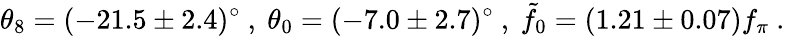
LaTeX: \theta_{8}=(-21.5\pm 2.4)^{\circ}\ ,\ \theta_{0}=(-7.0\pm 2.7)^{\circ}\ ,\ \tilde{f}_{0}=(1.21\pm 0.07)f_{\pi}\ .